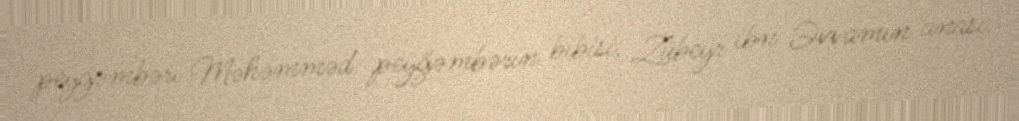
peyğəmbəri Məhəmməd peyğəmbərin bibisi, Zübeyr ibn Əvvamın anası.